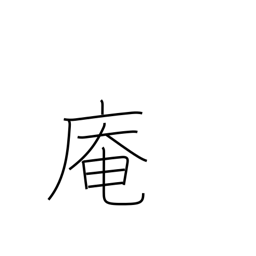
Meaning: hermitage